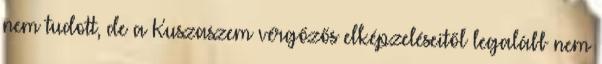
nem tudott, de a Kuszaszem vérgőzős elképzeléseitől legalább nem